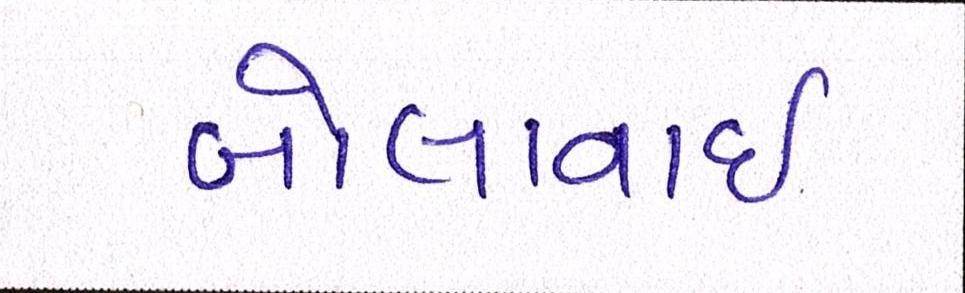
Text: બોલાવાઇ